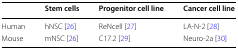
<table><thead><tr><td></td><td><b>Stem cells</b></td><td><b>Progenitor cell line</b></td><td><b>Cancer cell line</b></td></tr></thead><tbody><tr><td>Human</td><td>hNSC [26]</td><td>ReNcell [27]</td><td>LA-N-2 [28]</td></tr><tr><td>Mouse</td><td>mNSC [26]</td><td>C17.2 [29]</td><td>Neuro-2a [30]</td></tr></tbody></table>